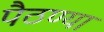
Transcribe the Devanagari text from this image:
पैठण्या